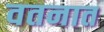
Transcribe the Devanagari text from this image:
वतनात